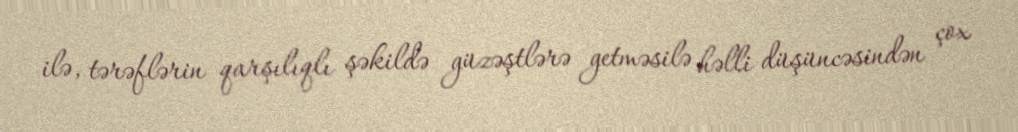
ilə, tərəflərin qarşılıqlı şəkildə güzəştlərə getməsilə həlli düşüncəsindən çox